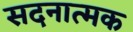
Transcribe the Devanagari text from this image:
सदनात्मक